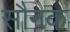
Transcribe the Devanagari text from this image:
सौनक